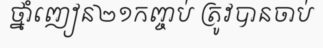
ថ្នាំញៀន២១កញ្ចប់ ត្រូវបានចាប់